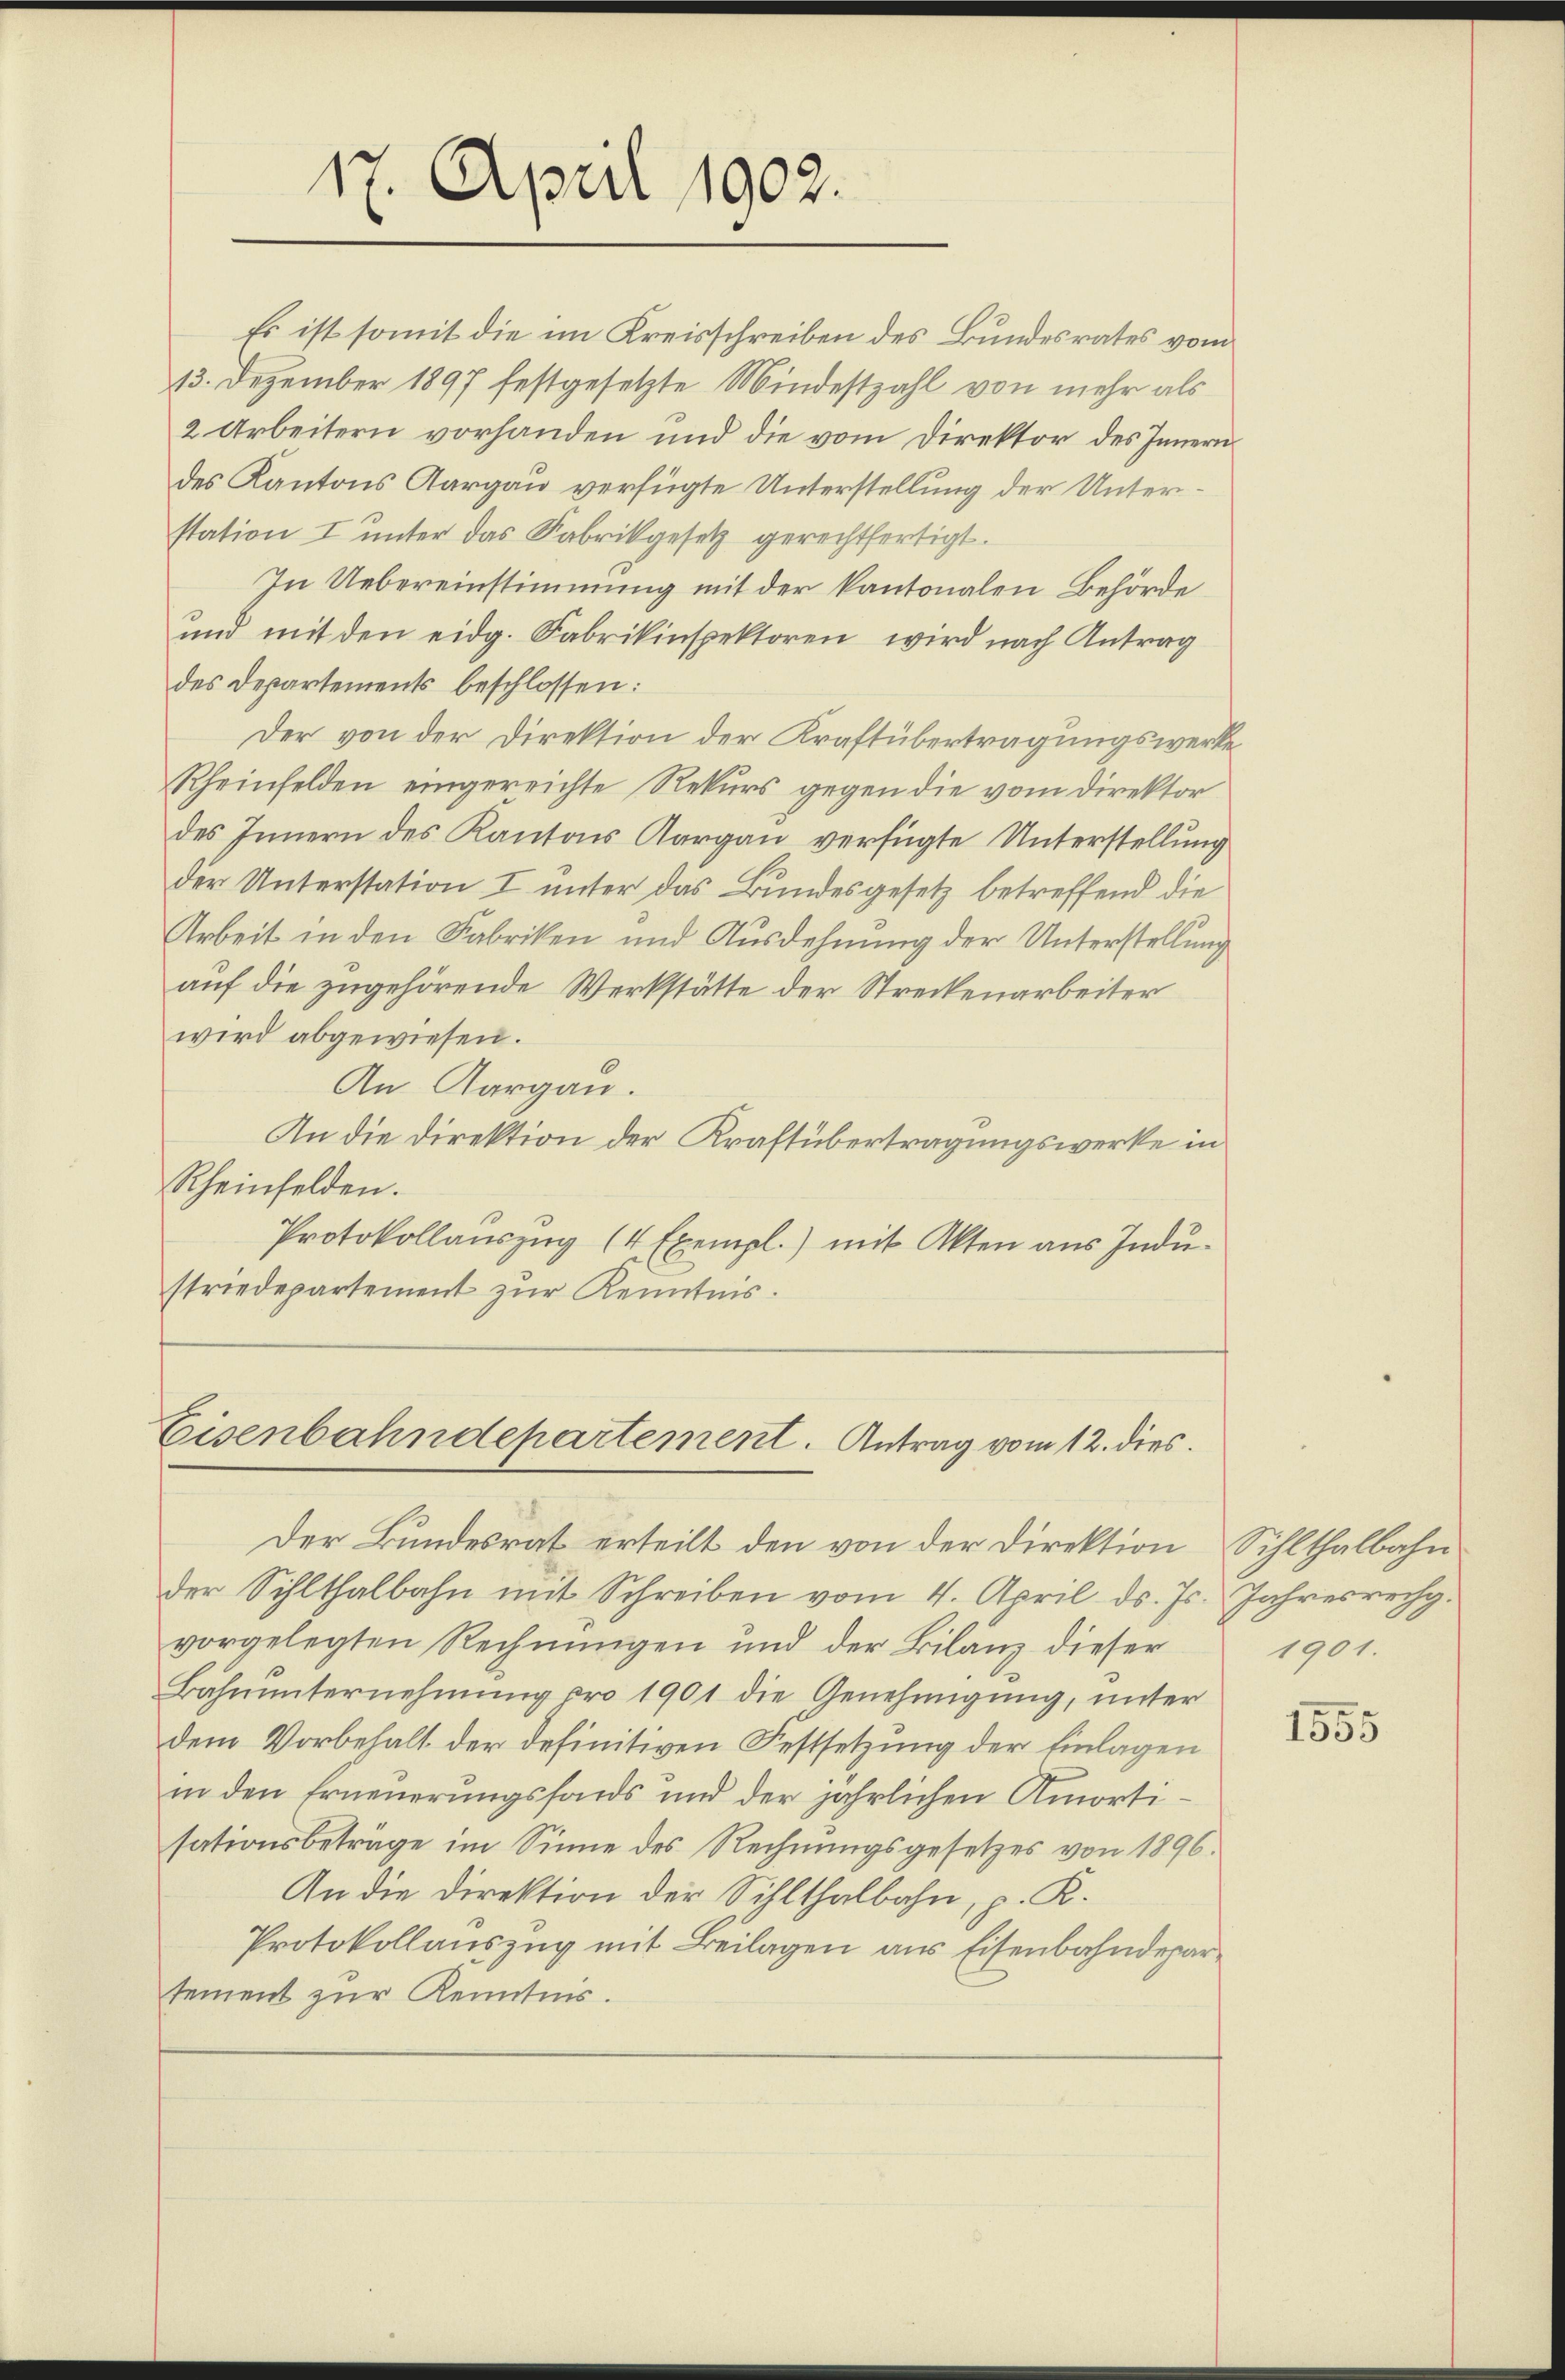
17. April 1902.

Es ist somit die im Kreisschreiben des Bundesrates vom
13. Dezember 1897 festgesetzte Mindestzahl von mehr als
2 Arbeitern vorhanden und die vom Direktor des Innern
des Kantons Aargau verfügte Unterstellung der Unterstation I unter das Fabrikgesetz gerechtfertigt.
In Uebereinstimmung mit der kantonalen Behörde
und mit den eidg. Fabrikinspektoren wird nach Antrag
des Departements beschlossen:
Der von der Direktion der Kraftübertragungswerke
Rheinfelden eingereichte Rekurs gegen die vom Direktor
des Innern des Kantons Aargau verfügte Unterstellung
der Unterstation I unter das Bundesgesetz betreffend die
Arbeit in den Fabriken und Ausdehnung der Unterstellung
auf die zugehörende Werkstätte der Streckenarbeiter
wird abgewiesen.
An Aargau.
An die Direktion der Kraftübertragungswerke in
Rheinfelden.
Protokollauszug (4 Exempl.) mit Akten aus Industriedepartement zur Kenntnis.

Eisenbahndepartement. Antrag vom 12. dies

Der Bundesrat erteilt den von der Direktion Sihlthalbahn
der Sihlthalbahn mit Schreiben vom 4. April ds. Js. Jahresrechg.
vorgelegten Rechnungen und der Bilanz dieser
Bahnunternehmung pro 1901 die Genehmigung, unter
dem Vorbehalt der definitiven Festsetzung der Einlagen
in den Erneuerungsfonds und der jährlichen Amortisationsbeträge im Sinne des Rechnungsgesetzes von 1896.
An die Direktion der Sihlthalbahn, p. K.
Protokollauszug mit Beilagen aus Eisenbahndepartement zur Kenntnis.

1901.

1555